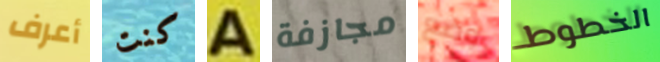
أعرف كنت A مجازفة وضع الخطوط